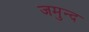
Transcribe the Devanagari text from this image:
जमुन्द